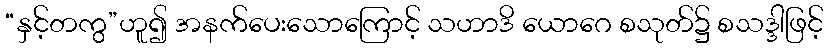
“နှင့်တကွ”ဟူ၍ အနက်ပေးသောကြောင့် သဟာဒိ ယောဂေ စသုတ်၌ စသဒ္ဒါဖြင့်